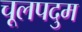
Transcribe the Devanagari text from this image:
चूलपदुम